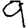
Digit: 9